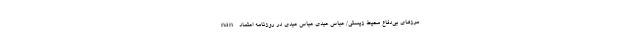
nan مرزهای بی‌دفاع محیط زیستی/ عباس عبدی عباس عبدی در روزنامه اعتماد